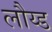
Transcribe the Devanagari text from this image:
लौय्ड